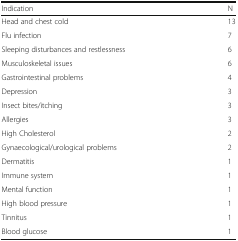
| Indication | N |
 | --- | --- |
 | Head and chest cold | 13 |
 | Flu infection | 7 |
 | Sleeping disturbances and restlessness | 6 |
 | Musculoskeletal issues | 6 |
 | Gastrointestinal problems | 4 |
 | Depression | 3 |
 | Insect bites/itching | 3 |
 | Allergies | 3 |
 | High Cholesterol | 2 |
 | Gynaecological/urological problems | 2 |
 | Dermatitis | 1 |
 | Immune system | 1 |
 | Mental function | 1 |
 | High blood pressure | 1 |
 | Tinnitus | 1 |
 | Blood glucose | 1 |